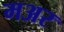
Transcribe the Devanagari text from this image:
मअर